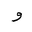
Letter: _waw